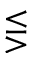
\lesseqgtr